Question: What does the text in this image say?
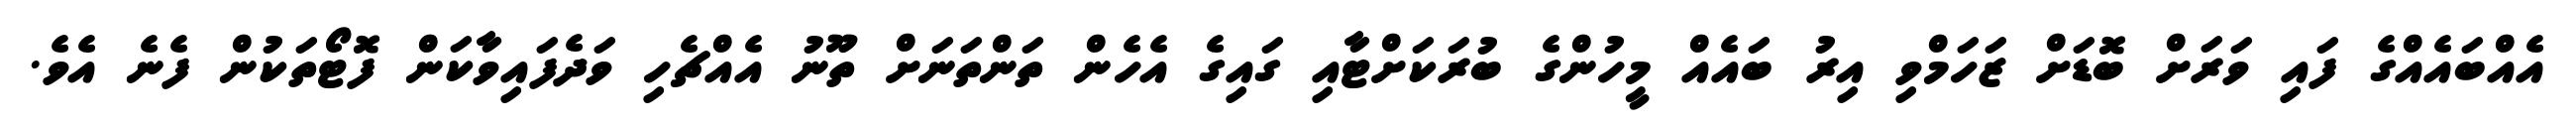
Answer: އެއްބައެއްގެ ފައި ވަރަށް ބޮޑަށް ޒަހަމްވި އިރު ބައެއް މީހުންގެ ބުރަކަށްޓާއި ގައިގެ އެހެން ތަންތަނަށް ތޫނު އެއްޗެހި ވަދެފައިވާކަން ފޮޓޯތަކުން ފެނެ އެވެ.